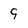
Character: 9